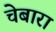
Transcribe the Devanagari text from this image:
चेबारा